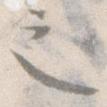
之